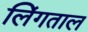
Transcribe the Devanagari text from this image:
लिंगताल